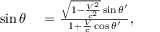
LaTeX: \begin{array} { r l } { \sin \theta } & { { } = { \frac { { \sqrt { 1 - { \frac { V ^ { 2 } } { c ^ { 2 } } } } } \sin \theta ^ { \prime } } { 1 + { \frac { V } { c } } \cos \theta ^ { \prime } } } , } \end{array}